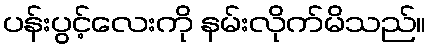
ပန်းပွင့်လေးကို နမ်းလိုက်မိသည်။